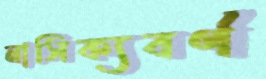
নাসিক্যবর্ণ